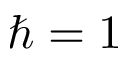
\hbar = 1